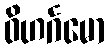
ဝိဟင်္ဂမော